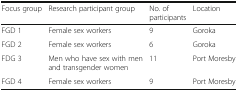
| Focus group | Research participant group | No. of participants | Location |
 | --- | --- | --- | --- |
 | FGD 1 | Female sex workers | 9 | Goroka |
 | FGD 2 | Female sex workers | 6 | Goroka |
 | FDG 3 | Men who have sex with men and transgender women | 11 | Port Moresby |
 | FGD 4 | Female sex workers | 9 | Port Moresby |